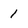
Character: 1